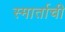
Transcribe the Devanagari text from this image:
स्मार्ताची